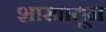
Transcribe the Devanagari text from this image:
शाखातून